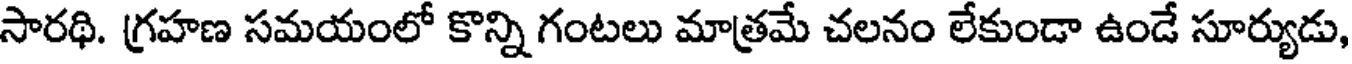
సారథి. గ్రహణ సమయంలో కొన్ని గంటలు మాత్రమే చలనం లేకుండా ఉండే సూర్యుడు,